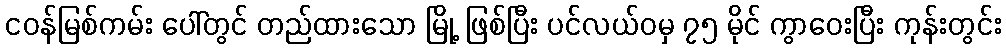
ငဝန်မြစ်ကမ်း ပေါ်တွင် တည်ထားသော မြို့ ဖြစ်ပြီး ပင်လယ်ဝမှ ၇၅ မိုင် ကွာဝေးပြီး ကုန်းတွင်း